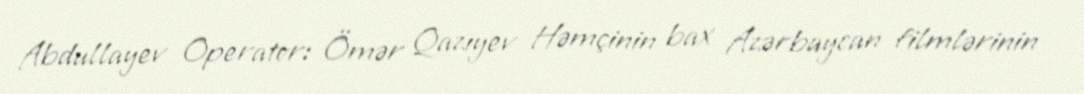
Abdullayev Operator: Ömər Qazıyev Həmçinin bax Azərbaycan filmlərinin